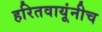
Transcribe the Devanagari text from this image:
हरितवायूंनीच